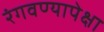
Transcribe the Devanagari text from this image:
रंगवण्यापेक्षा